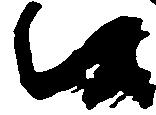
候